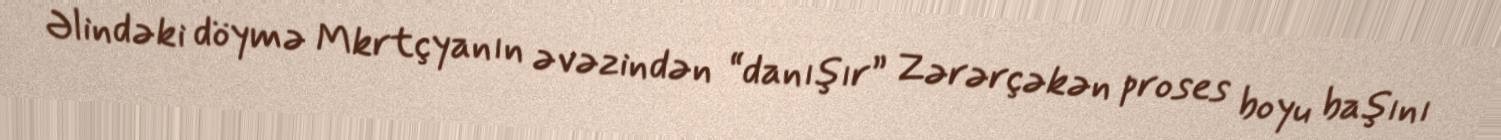
Əlindəki döymə Mkrtçyanın əvəzindən “danışır” Zərərçəkən proses boyu başını